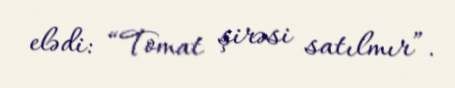
elədi: “Tomat şirəsi satılmır”.